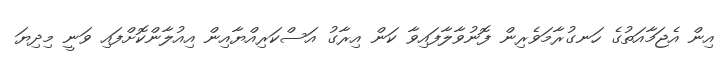
އިން އެޖަމާއަތުގެ ހަނގުރާމަވެރިން ފޮނުވާލާފައިވާ ކަން އިރާގު އަސްކަރިއްޔާއިން އިއުލާންކޮށްފައި ވަނީ މިދިޔަ